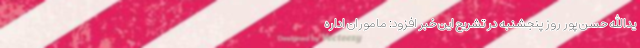
یدالله حسن پور روز پنجشنبه در تشریح این خبر افزود: ماموران اداره